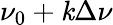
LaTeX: \nu_{0}+\mathit{k}\Delta\nu